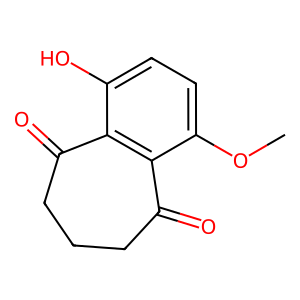
SMILES: COc1ccc(O)c2c1C(=O)CCCC2=O
Inhibits HIV replication: No